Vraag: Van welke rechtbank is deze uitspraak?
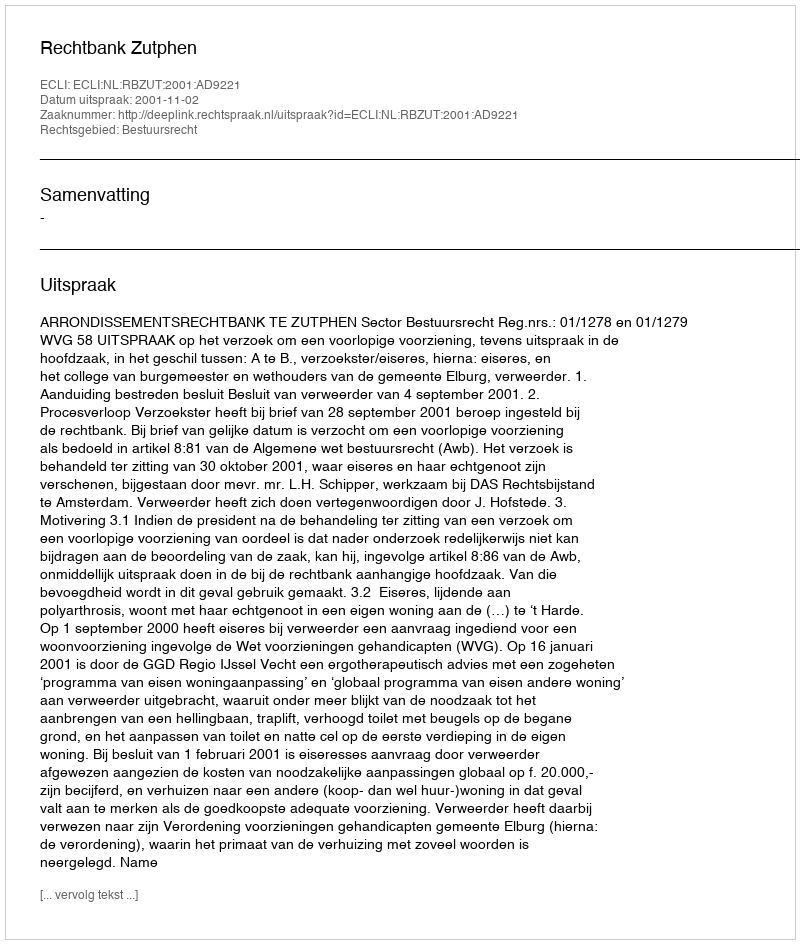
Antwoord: Rechtbank Zutphen